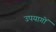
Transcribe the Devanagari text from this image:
उपयागों